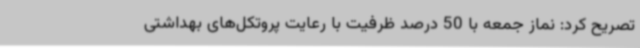
تصریح کرد: نماز جمعه با 50 درصد ظرفیت با رعایت پروتکل‌های بهداشتی